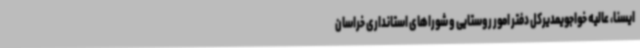
ایسنا، عالیه خواجویمدیرکل دفتر امور روستایی و شوراهای استانداری خراسان